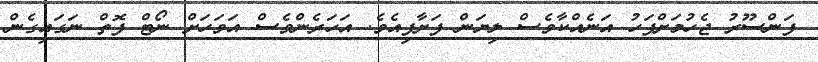
ފަންސޫރު ޖެހުމަށްފަހު އަނެއްކާވެސް ލިޔަން ފަށާފިއެވެ. އަހަރެންވެސް އަވަހަށް ނޯޓް ފޮތް ނަގައިގެން